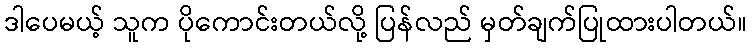
ဒါပေမယ့် သူက ပိုကောင်းတယ်လို့ ပြန်လည် မှတ်ချက်ပြုထားပါတယ်။